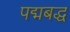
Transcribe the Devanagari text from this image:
पद्मबद्ध